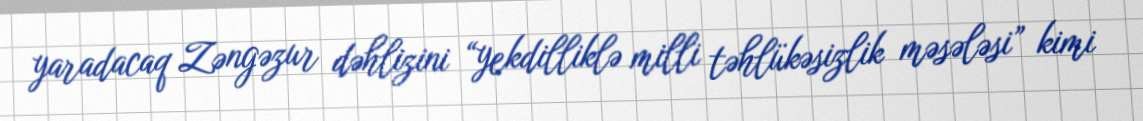
yaradacaq Zəngəzur dəhlizini “yekdilliklə milli təhlükəsizlik məsələsi” kimi